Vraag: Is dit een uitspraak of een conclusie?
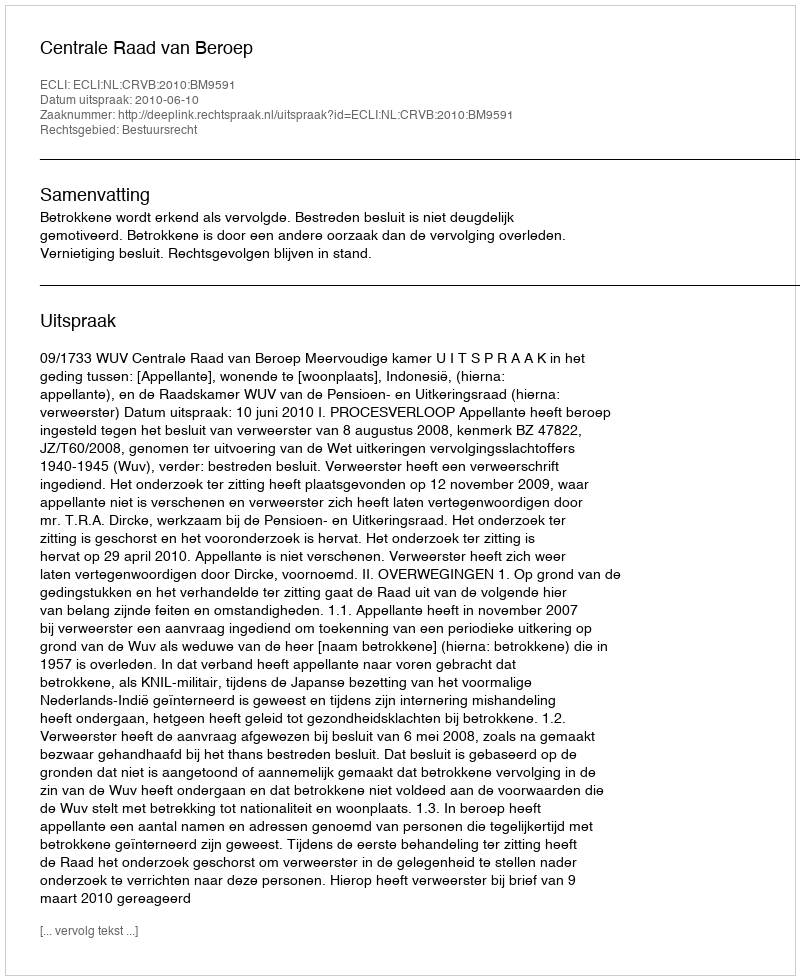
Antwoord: Uitspraak